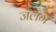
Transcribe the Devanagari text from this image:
जलग